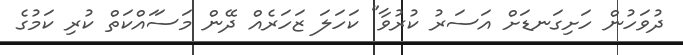
ދުވަހުން ހަށިގަނޑަށް އަސަރު ކުރުވާ" ކަހަލަ ޒަހަރެއް ދޭން މަސަައްކަތް ކުރި ކަމުގެ